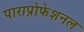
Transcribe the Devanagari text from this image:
पाराप्रोफेशनल